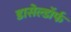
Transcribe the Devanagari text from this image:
डासेल्डॉर्फ